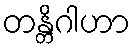
တန္တိဂါဟာ